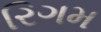
રિગમ